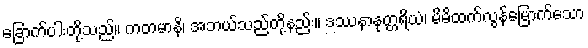
ခြောက်ပါးတို့သည်။ ကတမာနိ၊ အဘယ်သည်တို့နည်း။ ဒဿနာနုတ္တရိယံ၊ မိမိထက်လွန်မြောက်သော